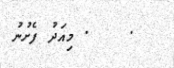
.    . މިއަދު ފެށުނު